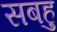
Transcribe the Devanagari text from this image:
सबहु